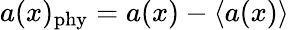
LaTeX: a(x)_{\mathrm{phy}}=a(x)-\langle a(x)\rangle